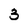
Character: 3